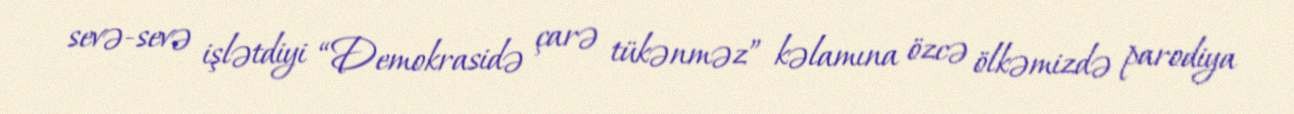
sevə-sevə işlətdiyi “Demokrasidə çarə tükənməz” kəlamına özcə ölkəmizdə parodiya